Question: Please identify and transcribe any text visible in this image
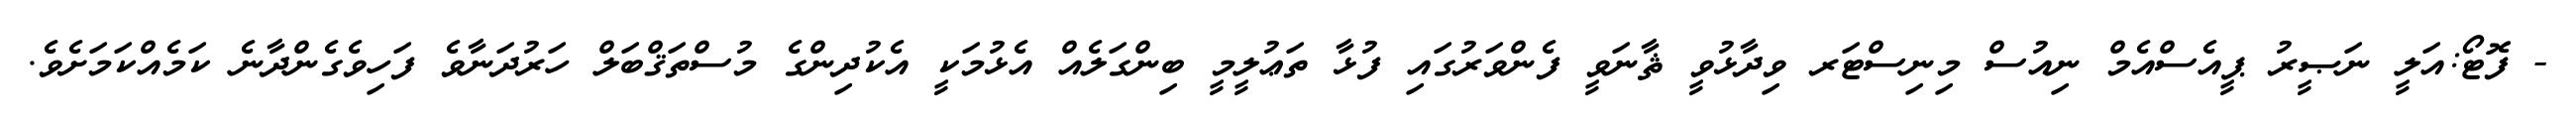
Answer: - ފޮޓޯ:އަލީ ނަޞީރު ޕީއެސްއެމް ނިއުސް މިނިސްޓަރ ވިދާޅުވީ ޘާނަވީ ފެންވަރުގައި ފުޅާ ތަޢުލީމީ ބިންގަލެއް އެޅުމަކީ އެކުދިންގެ މުސްތަޤްބަލް ހަރުދަނާވެ ފަހިވެގެންދާނެ ކަމެއްކަމަށެވެ.